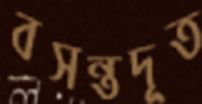
বসন্তদূত